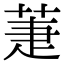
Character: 萐